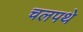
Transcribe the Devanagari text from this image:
चलपथे